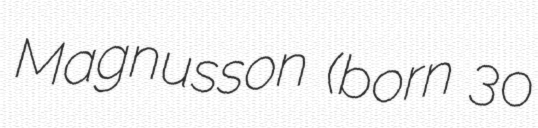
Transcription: Magnusson (born 30